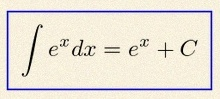
\int e^x dx=e^x+C